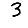
Digit: 3